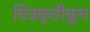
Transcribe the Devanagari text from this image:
चित्रकृतीकून